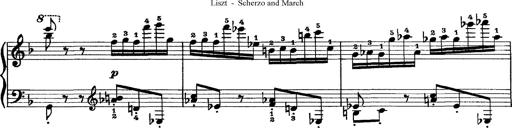
Title: Scherzo und Marsch
Composer: Franz Liszt